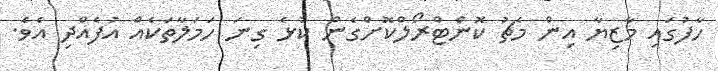
ހާފުގައި މާޒިޔާ އިން މެޗު ކޮންޓްރޯލްކޮށްގެން ކުޅެ ގިނަ ހަމަލާތަކެއް އުފެއްދި އެވެ.